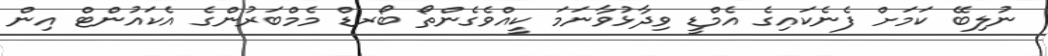
ނުލިބޭ ކަމަށް ފެނެކައިގެ އެމްޑީ ވިދާޅުވާނަމަ ކީއްވެގެންތޯ ބޯރޑް މެމްބަރުންގެ އެކައުންޓް އިން